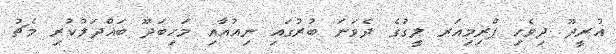
އުރީދޫ ދިވެހި ޕްރިމިއަރ ލީގުގެ ދެވަނަ ބުރުގައި ނިއުއާއި މަހިބަދޫ ބައްދަލުކުރި މެޗު